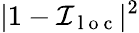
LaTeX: |1-\mathcal{I}_{\mathrm{~l~o~c~}}|^{2}